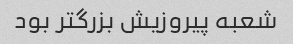
شعبه پیروزیش بزرگتر بود